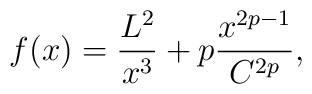
f(x)=\frac{L^2}{x^3}+p\frac{x^{2p-1}}{C^{2p}},